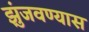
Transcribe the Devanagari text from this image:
झुंजवण्यास